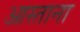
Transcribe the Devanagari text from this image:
आस्ताना